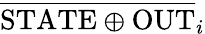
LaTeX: \overline{{\mathrm{STATE}\oplus\mathrm{OUT}}}_{i}